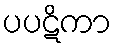
ပပဋိကာ